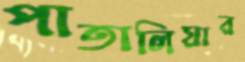
পাতালিয়ার